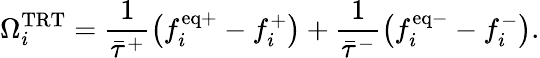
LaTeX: \Omega_{i}^{\mathrm{TRT}}=\frac{1}{\bar{\tau}^{+}}\left(f_{i}^{\mathrm{eq+}}-f_{i}^{+}\right)+\frac{1}{\bar{\tau}^{-}}\left(f_{i}^{\mathrm{eq-}}-f_{i}^{-}\right).